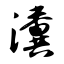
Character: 瀵